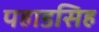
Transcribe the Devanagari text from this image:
पहाडसिह